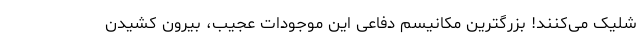
شلیک می‌کنند! بزرگترین مکانیسم دفاعی این موجودات عجیب، بیرون کشیدن